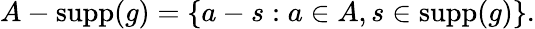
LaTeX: A-\operatorname{supp}(g)=\{ a-s:a\in A,s\in\operatorname{supp}(g)\} .